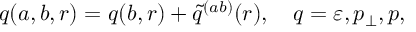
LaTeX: q ( a , b , r ) = q ( b , r ) + \tilde { q } ^ { ( a b ) } ( r ) , \quad q = \varepsilon , p _ { \perp } , p ,